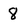
Character: 8